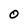
Character: O